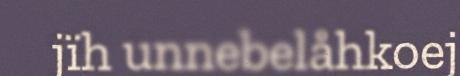
jïh unnebelåhkoej